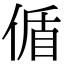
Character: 偱